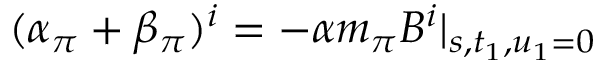
( \alpha _ { \pi } + \beta _ { \pi } ) ^ { i } = - \alpha m _ { \pi } B ^ { i } \vert _ { s , t _ { 1 } , u _ { 1 } = 0 }